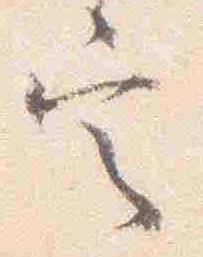
定